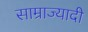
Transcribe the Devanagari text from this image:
साम्राज्यादी